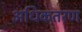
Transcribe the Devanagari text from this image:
अधिकतरण